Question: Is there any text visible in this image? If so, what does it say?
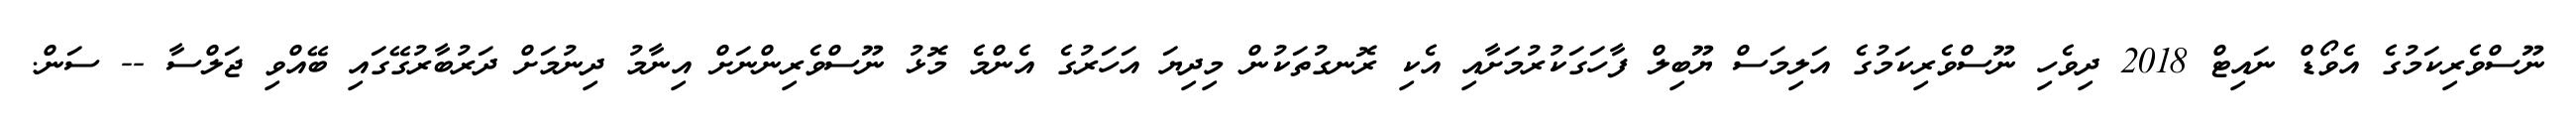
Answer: ނޫސްވެރިކަމުގެ އެވޯޑް ނައިޓް 2018 ދިވެހި ނޫސްވެރިކަމުގެ އަލިމަސް ޔޫބިލް ފާހަގަކުރުމަށާއި އެކި ރޮނގުތަކުން މިދިޔަ އަހަރުގެ އެންމެ މޮޅު ނޫސްވެރިންނަށް އިނާމު ދިނުމަށް ދަރުބާރުގޭގައި ބޭއްވި ޖަލްސާ -- ސަން.